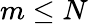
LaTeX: m\le N